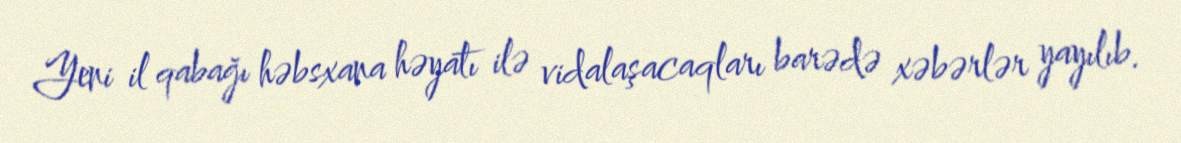
Yeni il qabağı həbsxana həyatı ilə vidalaşacaqları barədə xəbərlər yayılıb.